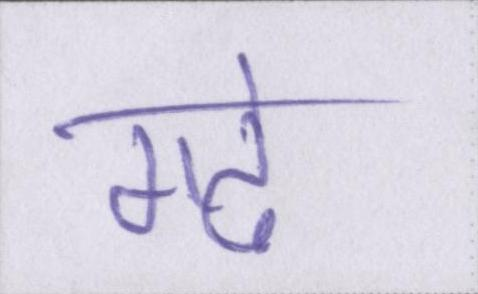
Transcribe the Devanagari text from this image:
गढे